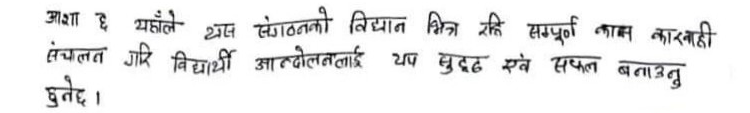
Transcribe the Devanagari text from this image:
आशा छ यहाँले यस संगठनको विद्यान भित्र रहि सम्पूर्ण काम कारवाही
संचालन गरि विद्यार्थी आन्दोलनलाई थप सुदृढ एवं सफल बनाउनु
हुनेछ ।